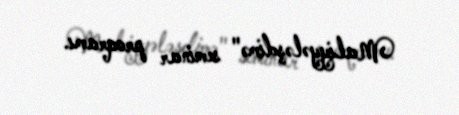
Maliyyələşdimə" seminar proqramı.